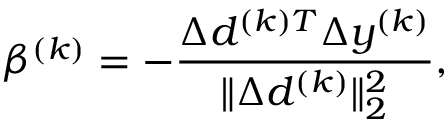
\beta ^ { ( k ) } = - \frac { \Delta d ^ { ( k ) T } \Delta y ^ { ( k ) } } { \| \Delta d ^ { ( k ) } \| _ { 2 } ^ { 2 } } ,